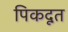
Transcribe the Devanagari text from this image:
पिकदूत